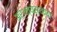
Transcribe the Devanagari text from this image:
अर्थव्यस्थेच्या